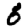
Digit: 6